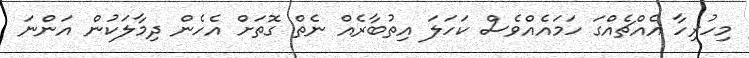
މިހުރިހާ އެއްޗެއްގަ ހަމައެއްވެސް ކަހަލަ އިތުބާރެއް ނެތް ގޮތަށް އެހެން ދިމާލަކުން އަންނަ